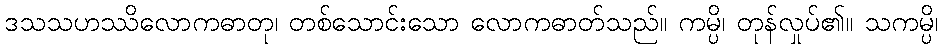
ဒသသဟဿိလောကဓာတု၊ တစ်သောင်းသော လောကဓာတ်သည်။ ကမ္ပိ၊ တုန်လှုပ်၏။ သကမ္ပိ၊